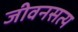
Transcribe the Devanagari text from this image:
जीवनसत्य